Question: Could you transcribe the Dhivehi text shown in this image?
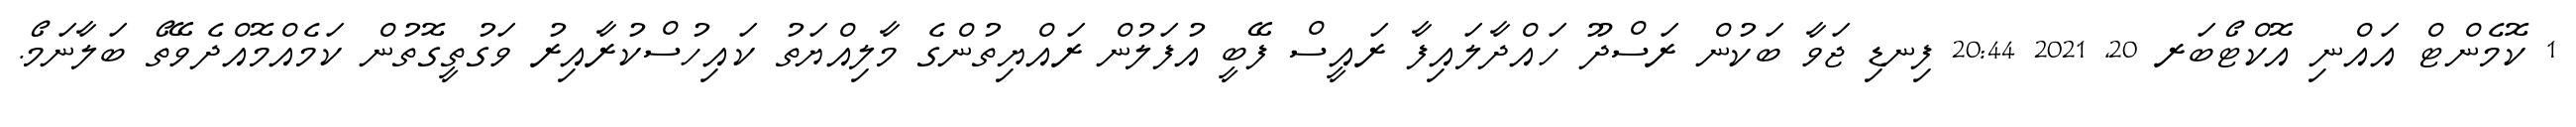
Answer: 1 ކޮމެންޓް އައްނި އޮކްޓޯބަރ 20, 2021 20:44 ފިނޑި ޖަވާ ބަކުން ރަސްދޫ ހައްދާލައިފާ ރައީސް ފޭބީ އުފަލުން ރައްޔިތުންގެ މާލިއްޔަތު ކައިހުސްކުރާއިރު ވަގުތީގޮތުން ކަމެއްމޮއްދެވޭތޯ ބަލާނަމޯ.